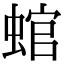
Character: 䗆